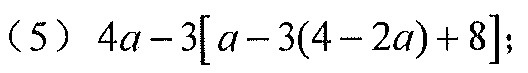
(5) \(4a - 3[a - 3(4 - 2a)+8]\);